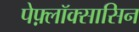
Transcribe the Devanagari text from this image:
पेफ़्लॉक्सासिन